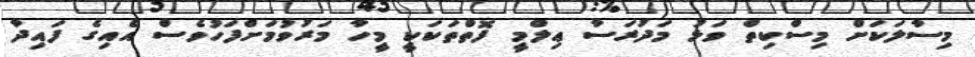
މިސާލަކަށް މިސްކިތް ވަޅު މަދުރަސާ ޢިލްމީ ފޮތްތަކަކީ މީހާ މަރުވުމަށްފަހުވެސް އެއިގެ ފައިދާ